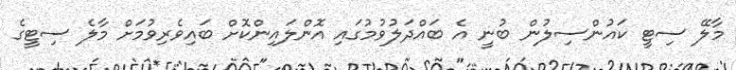
މާލޭ ސިޓީ ކައުންސިލުން ބުނީ އެ ބައްދަލުވުމުގައި އޮންލައިންކޮށް ބައިވެރިވުމަށް މާލެ ސިޓީގެ